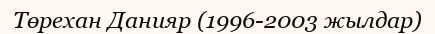
Төрехан Данияр (1996-2003 жылдар)